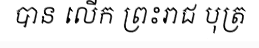
បាន លើក ព្រះរាជ បុត្រ